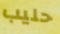
حليب